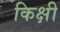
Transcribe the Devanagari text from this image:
किक्षी